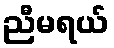
ညီမရယ်